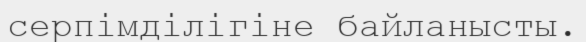
серпімділігіне байланысты.